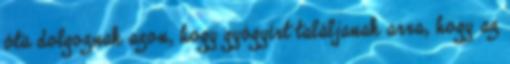
óta dolgoznak azon, hogy gyógyírt találjanak arra, hogy az